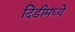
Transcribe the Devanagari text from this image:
दिंडीमध्ये